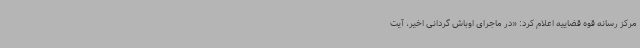
مرکز رسانه قوه قضاییه اعلام کرد: «در ماجرای اوباش گردانی اخیر، آیت